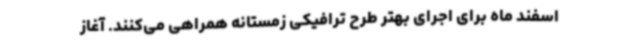
اسفند ماه برای اجرای بهتر طرح ترافیکی زمستانه همراهی می‌کنند. آغاز